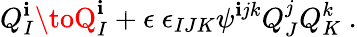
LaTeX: Q_{I}^{\mathbf{i}}\toQ_{I}^{\mathbf{i}}+\epsilon\ \epsilon_{IJK}\psi^{\mathbf{i}jk}Q_{J}^{j}Q_{K}^{k}~.